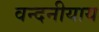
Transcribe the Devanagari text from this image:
वन्दनीयाय